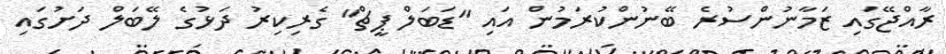
ރާއްޖޭގައި ޒަމާނުންސުރެ ބޭނުންކުރަމުން އައި "ޑަބަލް ޕީޗް" ގެރިކިރު ދަޅުގެ ލޭބަލް ދަށުގައި